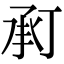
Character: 𢬫